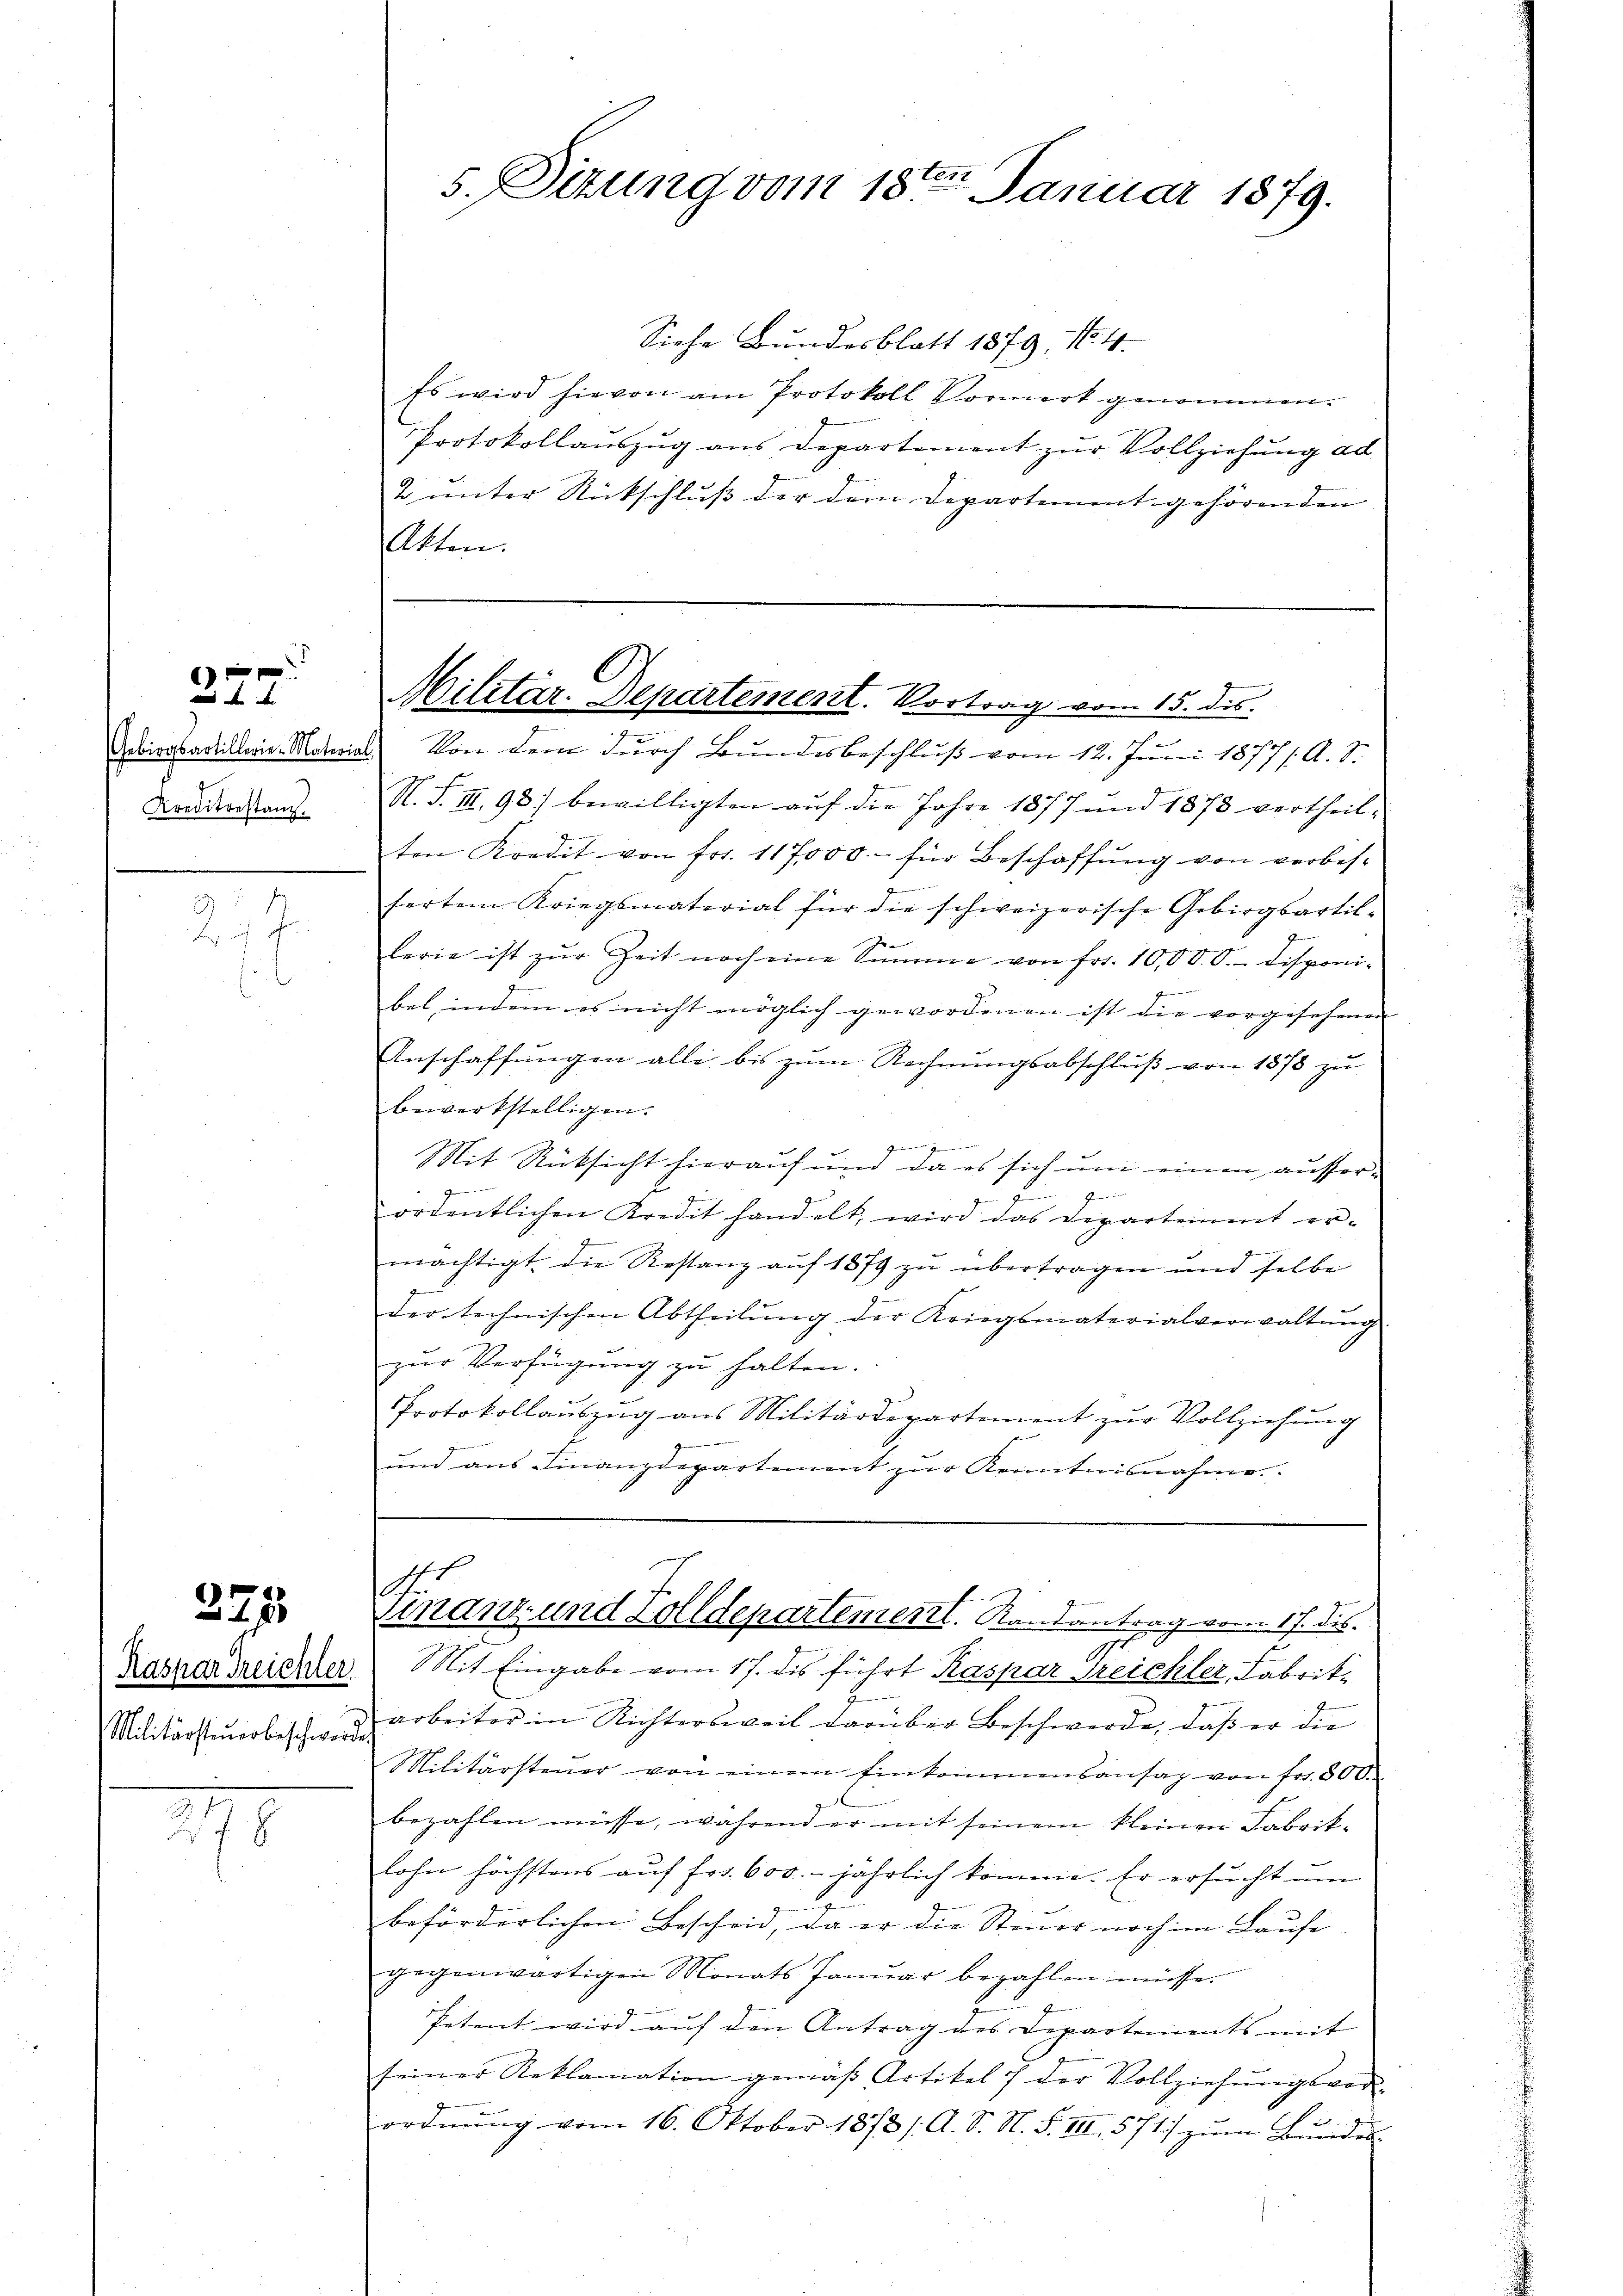
x
x

Kreditestanz

.

225

Militärsteuerbeschwerden

18

Siehe Bundesblatt 1879. No. 4.
Es wird hievon am Protokoll Vormerk genommen.
Protokollauszug aus Departement zur Vollziehung ad
2 unter Rückschluß der der Departement gehörenden
Atten.

N. S. III. 98) bewilligten auf die Jahre 1877 und 1878 vertheilten Kredit von frs. 117000.- für Beschaffŭng von verbes-
f
fertem Kriegsmaterial für die schweizerische Gebirgsartil-
2
lerie ist zŭr Zeit noch eine Summe von fr. 10,000.- Disponibel, indem es nicht möglich gewordenen ist die vorgesehenen |
Anschaffungen alle bis zum Rechnungsabschluß von 1878 zu
bewerkstelligen.

Mit Rücksicht hieraŭf ŭm da es sich ŭm einen ausser-
g
zu Heine gen
ordentlichen Kredit handelt, wird das Departement er-
g
mächtigt die Restanz auf 1879 zu übertragen und selbe
der technischen Abtheilŭng der Kriegsmaterialverwaltŭng
zŭr Verfügŭng zŭ halten.
Protokollauszug aus Militärdepartement zŭr Vollziehung
und aus Finanzdepartement zur Kenntnisnahme

Karner Treicher Mit Eingabe vom 17. dis führt Kaspar Treichler, Fabrikarbeiter in Richtersweil darüber Beschwerde, daß er die
Militärsteuer von einem Einkommensansaz von fr. 800.
bezahlen müsse, während er mit seinem kleinen Fabriklohn höchstens auf fr. 600. jährlich komme. Er ersucht um
beförderlichen Bescheid, da er die Steuer noch im Laufe
gegenwärtigen Monats Janŭar bezahlen müsse.
Petent wird auf den Antrag des Departements mit
seiner Reklamation gemäβ Artikel 7 der Vollziehŭngsvor-
ordnung vom 16. Oktober 1878 /: A. S. N. S. VIII, 571) zum Bundes

5. Sizung vom 18ten Januar 1879.

Militär-Departement. Vortrag vom 15. ds.
Gebirgsartillerie-Material Von dem durch Bundesbeschluß vom 12. Juni 1877/. A. S.

.
r
Finanz- und Zolldepartementl. Randantrag vom 17. ds.